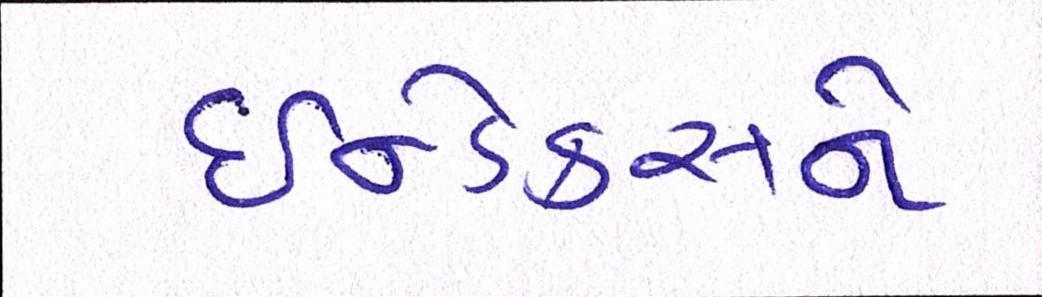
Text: ઇન્ડેક્સને